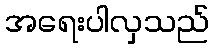
အရေးပါလှသည်